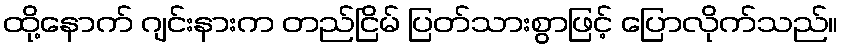
ထို့နောက် ဂျင်းနားက တည်ငြိမ် ပြတ်သားစွာဖြင့် ပြောလိုက်သည်။